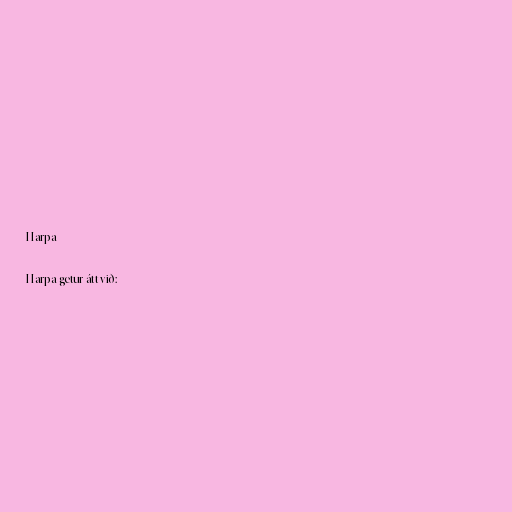
Harpa

Harpa getur átt við: